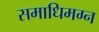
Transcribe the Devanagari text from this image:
समाधिमग्न